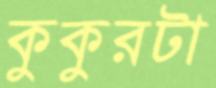
কুকুরটা